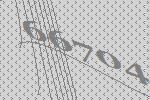
66704